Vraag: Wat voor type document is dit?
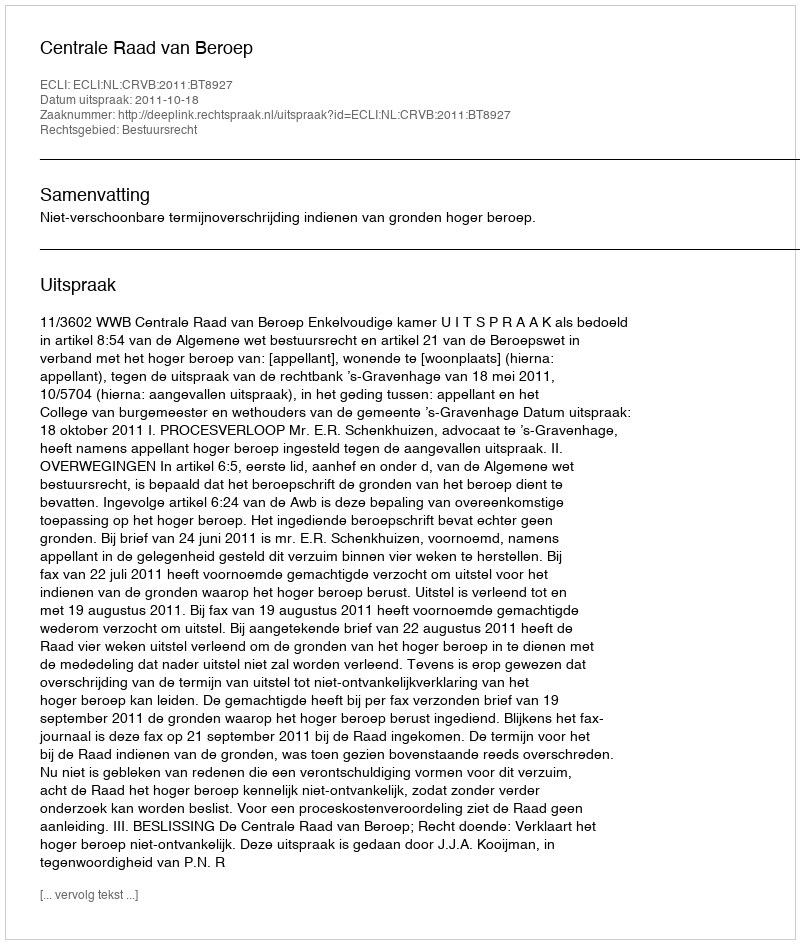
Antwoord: Uitspraak